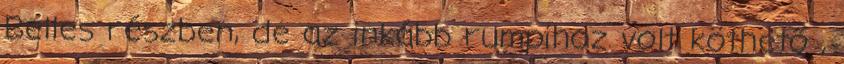
Belles részben, de az inkább rumpihoz volt köthető ,